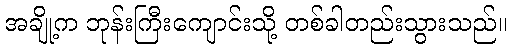
အချို့က ဘုန်းကြီးကျောင်းသို့ တစ်ခါတည်းသွားသည်။